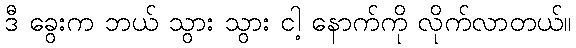
ဒီ ခွေးက ဘယ် သွား သွား ငါ့ နောက်ကို လိုက်လာတယ်။